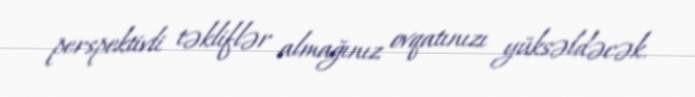
perspektivli təkliflər almağınız ovqatınızı yüksəldəcək.